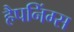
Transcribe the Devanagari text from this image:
हैपनिंग्स